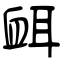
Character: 衈